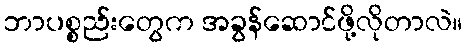
ဘာပစ္စည်းတွေက အခွန်ဆောင်ဖို့လိုတာလဲ။